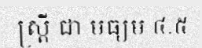
ស្ត្រី ជា មធ្យម ៤.៥